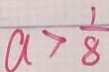
a > \frac { 1 } { 8 }